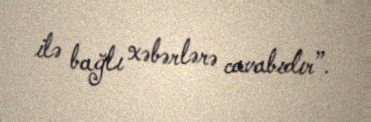
ilə bağlı xəbərlərə cavabıdır”.